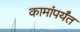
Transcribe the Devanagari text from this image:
कामांपर्यंत